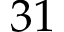
3 1